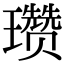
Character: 瓒